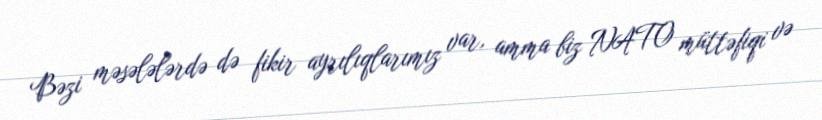
Bəzi məsələlərdə də fikir ayrılıqlarımız var, amma biz NATO müttəfiqi və